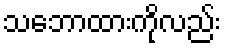
သဘောထားကိုလည်း